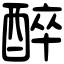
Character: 醉